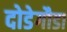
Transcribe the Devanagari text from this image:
दोडेगौडा